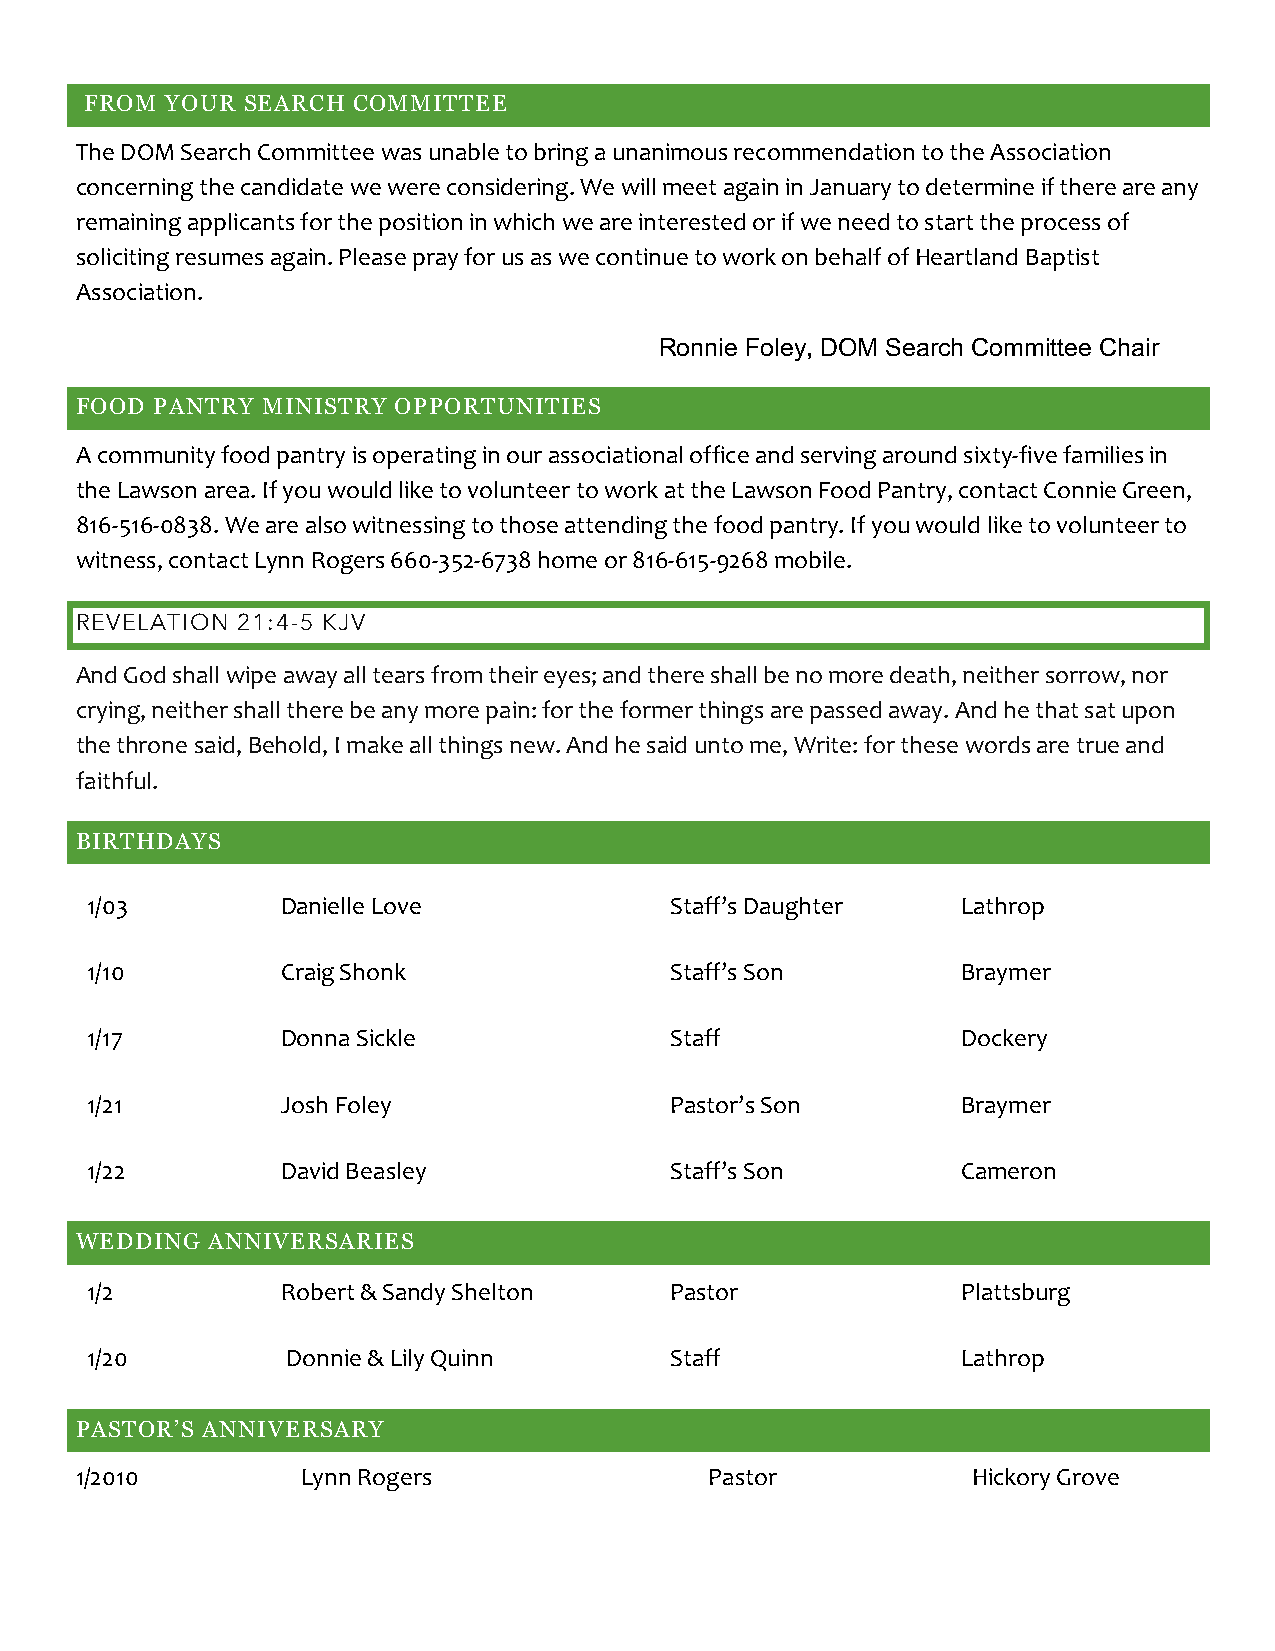
FROM YOUR SEARCH COMMITTEE
 The DOM Search Committee was unable to bring a unanimous recommendation to the Association
 concerning the candidate we were considering. We will meet again in January to determine if there are any
 remaining applicants for the position in which we are interested or if we need to start the process of
 soliciting resumes again. Please pray for us as we continue to work on behalf of Heartland Baptist
 Association.
 Ronnie Foley, DOM Search Committee Chair
 FOOD PANTRY MINISTRY OPPORTUNITIES
 A community food pantry is operating in our associational office and serving around sixty-five families in
 the Lawson area. If you would like to volunteer to work at the Lawson Food Pantry, contact Connie Green,
 816-516-0838. We are also witnessing to those attending the food pantry. If you would like to volunteer to
 witness, contact Lynn Rogers 660-352-6738 home or 816-615-9268 mobile.
 REVELATION 21:4-5 KJV
 And God shall wipe away all tears from their eyes; and there shall be no more death, neither sorrow, nor
 crying, neither shall there be any more pain: for the former things are passed away. And he that sat upon
 the throne said, Behold, I make all things new. And he said unto me, Write: for these words are true and
 faithful.
 BIRTHDAYS
 1/03         Danielle Love            Staff’s Daughter    Lathrop
 1/10         Craig Shonk              Staff’s Son         Braymer
 1/17         Donna Sickle             Staff               Dockery
 1/21         Josh Foley               Pastor’s Son        Braymer
 1/22         David Beasley            Staff’s Son         Cameron
 WEDDING  ANNIVERSARIES
 1/2          Robert & Sandy Shelton   Pastor              Plattsburg
 1/20         Donnie & Lily Quinn      Staff               Lathrop
 PASTOR’S ANNIVERSARY
 1/2010         Lynn Rogers                Pastor           Hickory Grove